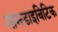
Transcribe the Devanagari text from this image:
नॉनडाइबिटिक